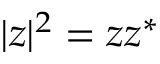
| z | ^ { 2 } = z z ^ { * }